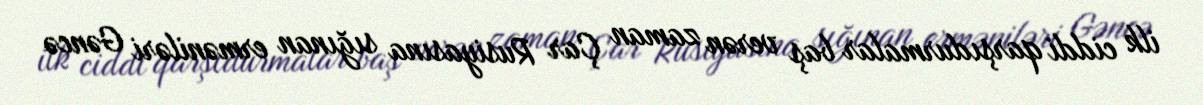
ilk ciddi qarşıdurmalar baş verən zaman Çar Rusiyasına sığınan erməniləri Gəncə